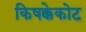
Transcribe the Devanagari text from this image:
किषक्केकोट